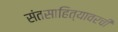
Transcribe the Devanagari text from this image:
संतसाहित्यावरची